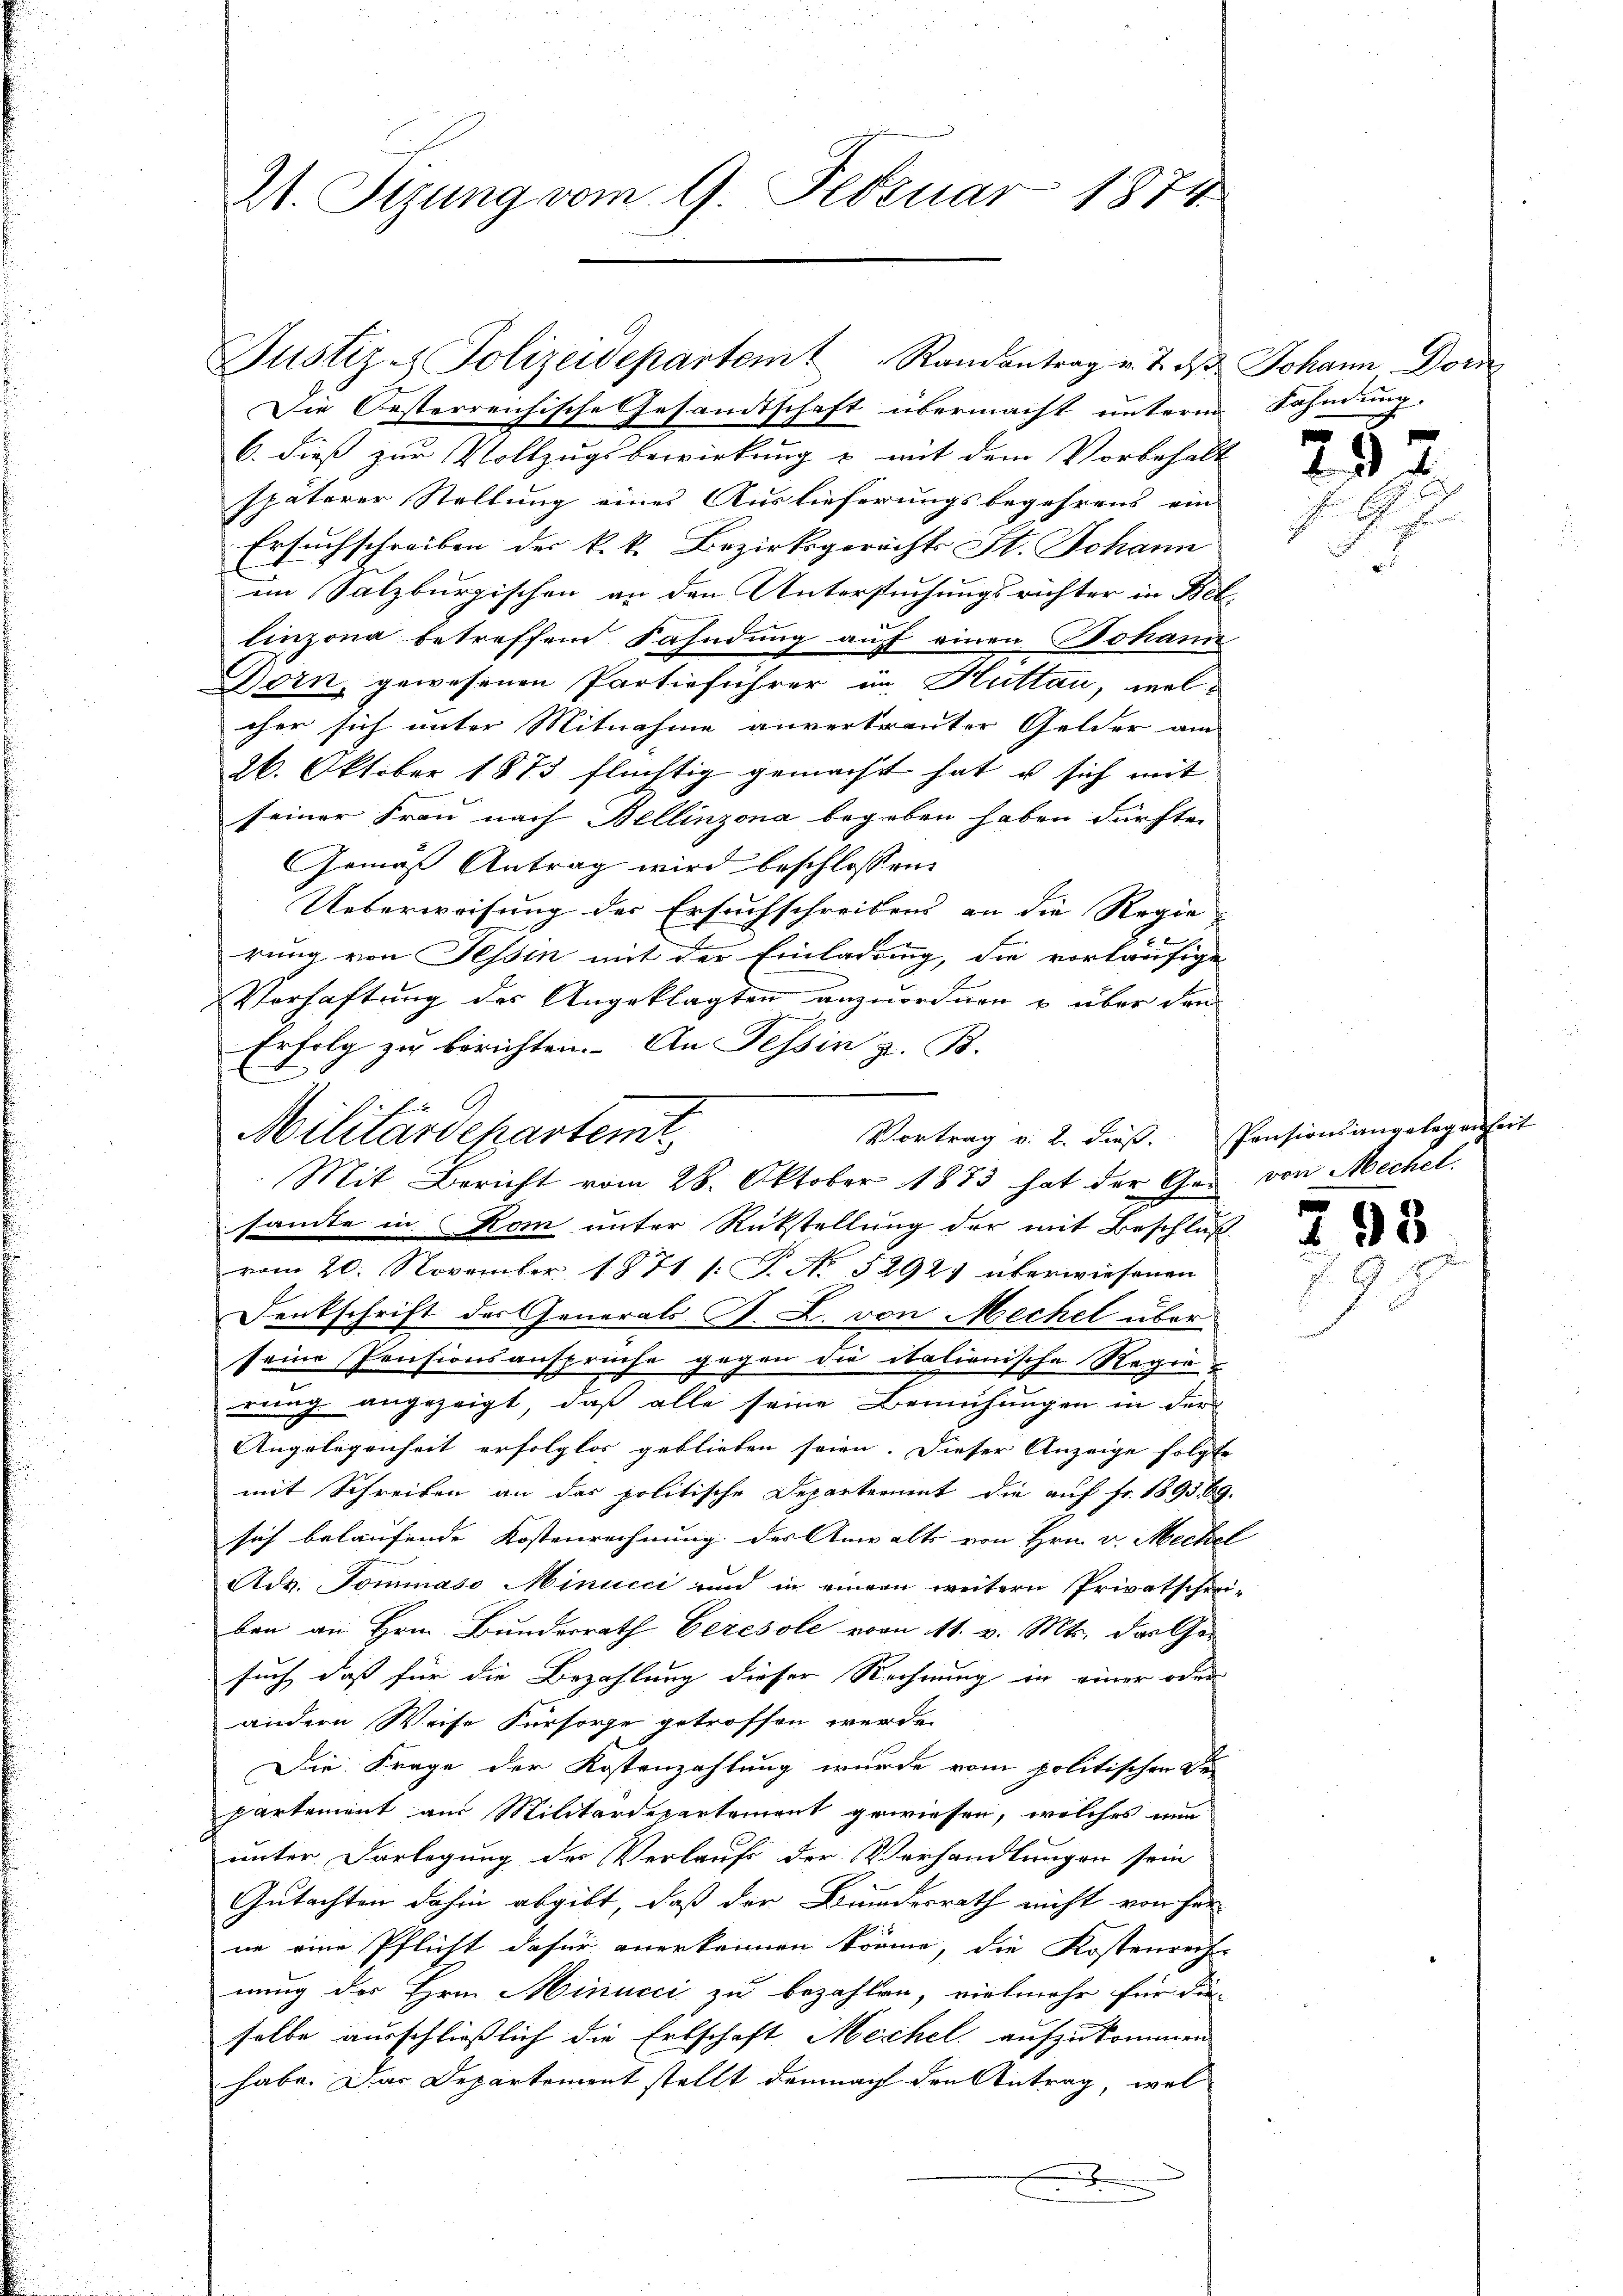
21. Sizung vom 9. Februar 1874

Justiz - Polizeidepartem Randantrag v. 7. ds Johann Dorn

Vortrag v. 2. dieß. Pensionsangelegen
Militärdepartemt
Mit Bericht vom 28. Oktober 1873 hat der Ge- von Mechel

Die Oesterreichische Gesandtschaft übermacht unterm Fahndung.
6. dieß zur Vollzugsbewirkung & mit dem Vorbehalt
späterer Stellung eines Auslieferungsbegehrens ein
Ersuchschreiben der k.k. Bezirksgerichts St. Johann
im Salzburgischen an den Untersuchungsrichter in Bellinzona betreffend Fahndung auf einen Johann
Born, gewesenen Partieführer in Huttau, welcher sich unter Mitnahme anvertrauter Gelder am
26. Oktober 1873 flüchtig gemacht hat, u sich mit
seiner Frau nach Bellinzona begeben haben dürfte.
Gemäß Antrag wird beschlossen:
Ueberweisung der Ersuchschreibens an die Regie
B
rung von Sessen mit der Einladung, die vorläufige
Verhaftung des Angeklagten anzuordnen u über den
Erfolg zu berichten. An Tessin z. B.
sante in Rom unter Rückstellung der mit Beschluß
vom 20. November 1871 /: P. No 5292) überwiesenen
Denkschrift des Generals F. L. von Mechel über
seine Pensionsansprüche gegen die italienische Regierung angezeigt, daß alle seine Bemühungen in der
Angelegenheit erfolglos geblieben seien. Dieser Anzeige folgte
mit Schreiben an der politische Departement die auf Fr. 189589.
sich belaufende Kostenrechnung des Anwalts von Hrn. v. Meckel
Adv. Tommaso Minucci und in einem weitern Privatschei-
ben an Hrn. Bunderrath Ceresole vom 11. v. Mts. das Ge-
such, dass für die Bezahlung dieser Rechnung in einer oder
andern Weise Fürsorge getroffen werde.
Die Frage der Kostenzahlung wurde vom politischen De-
partement aus Militärdepartement gewiesen, welches nun
unter Darlegung des Verlauf der Verhandlungen sein
Gutachten dahin abgibt, daß der Bundesrath nicht von her
ne eine Pflicht dafür anerkennen könne, die Kostenrech
nung des Hrn. Minucci zu bezahlen, vielmehr für die
selbe ausschließlich die Erbschaft Mechel, aufzukommen
habe. Das Departement stellt demnach den Antrag, wel
f

292
.

d

93

1

hut